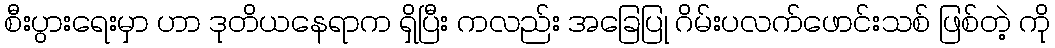
စီးပွားရေးမှာ ဟာ ဒုတိယနေရာက ရှိပြီး ကလည်း အခြေပြု ဂိမ်းပလက်ဖောင်းသစ် ဖြစ်တဲ့ ကို